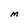
Character: M